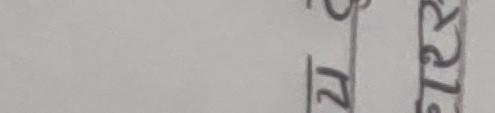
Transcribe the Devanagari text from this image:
१२ र १८